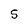
Character: S